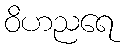
ဝိဟညရေ